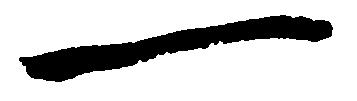
一